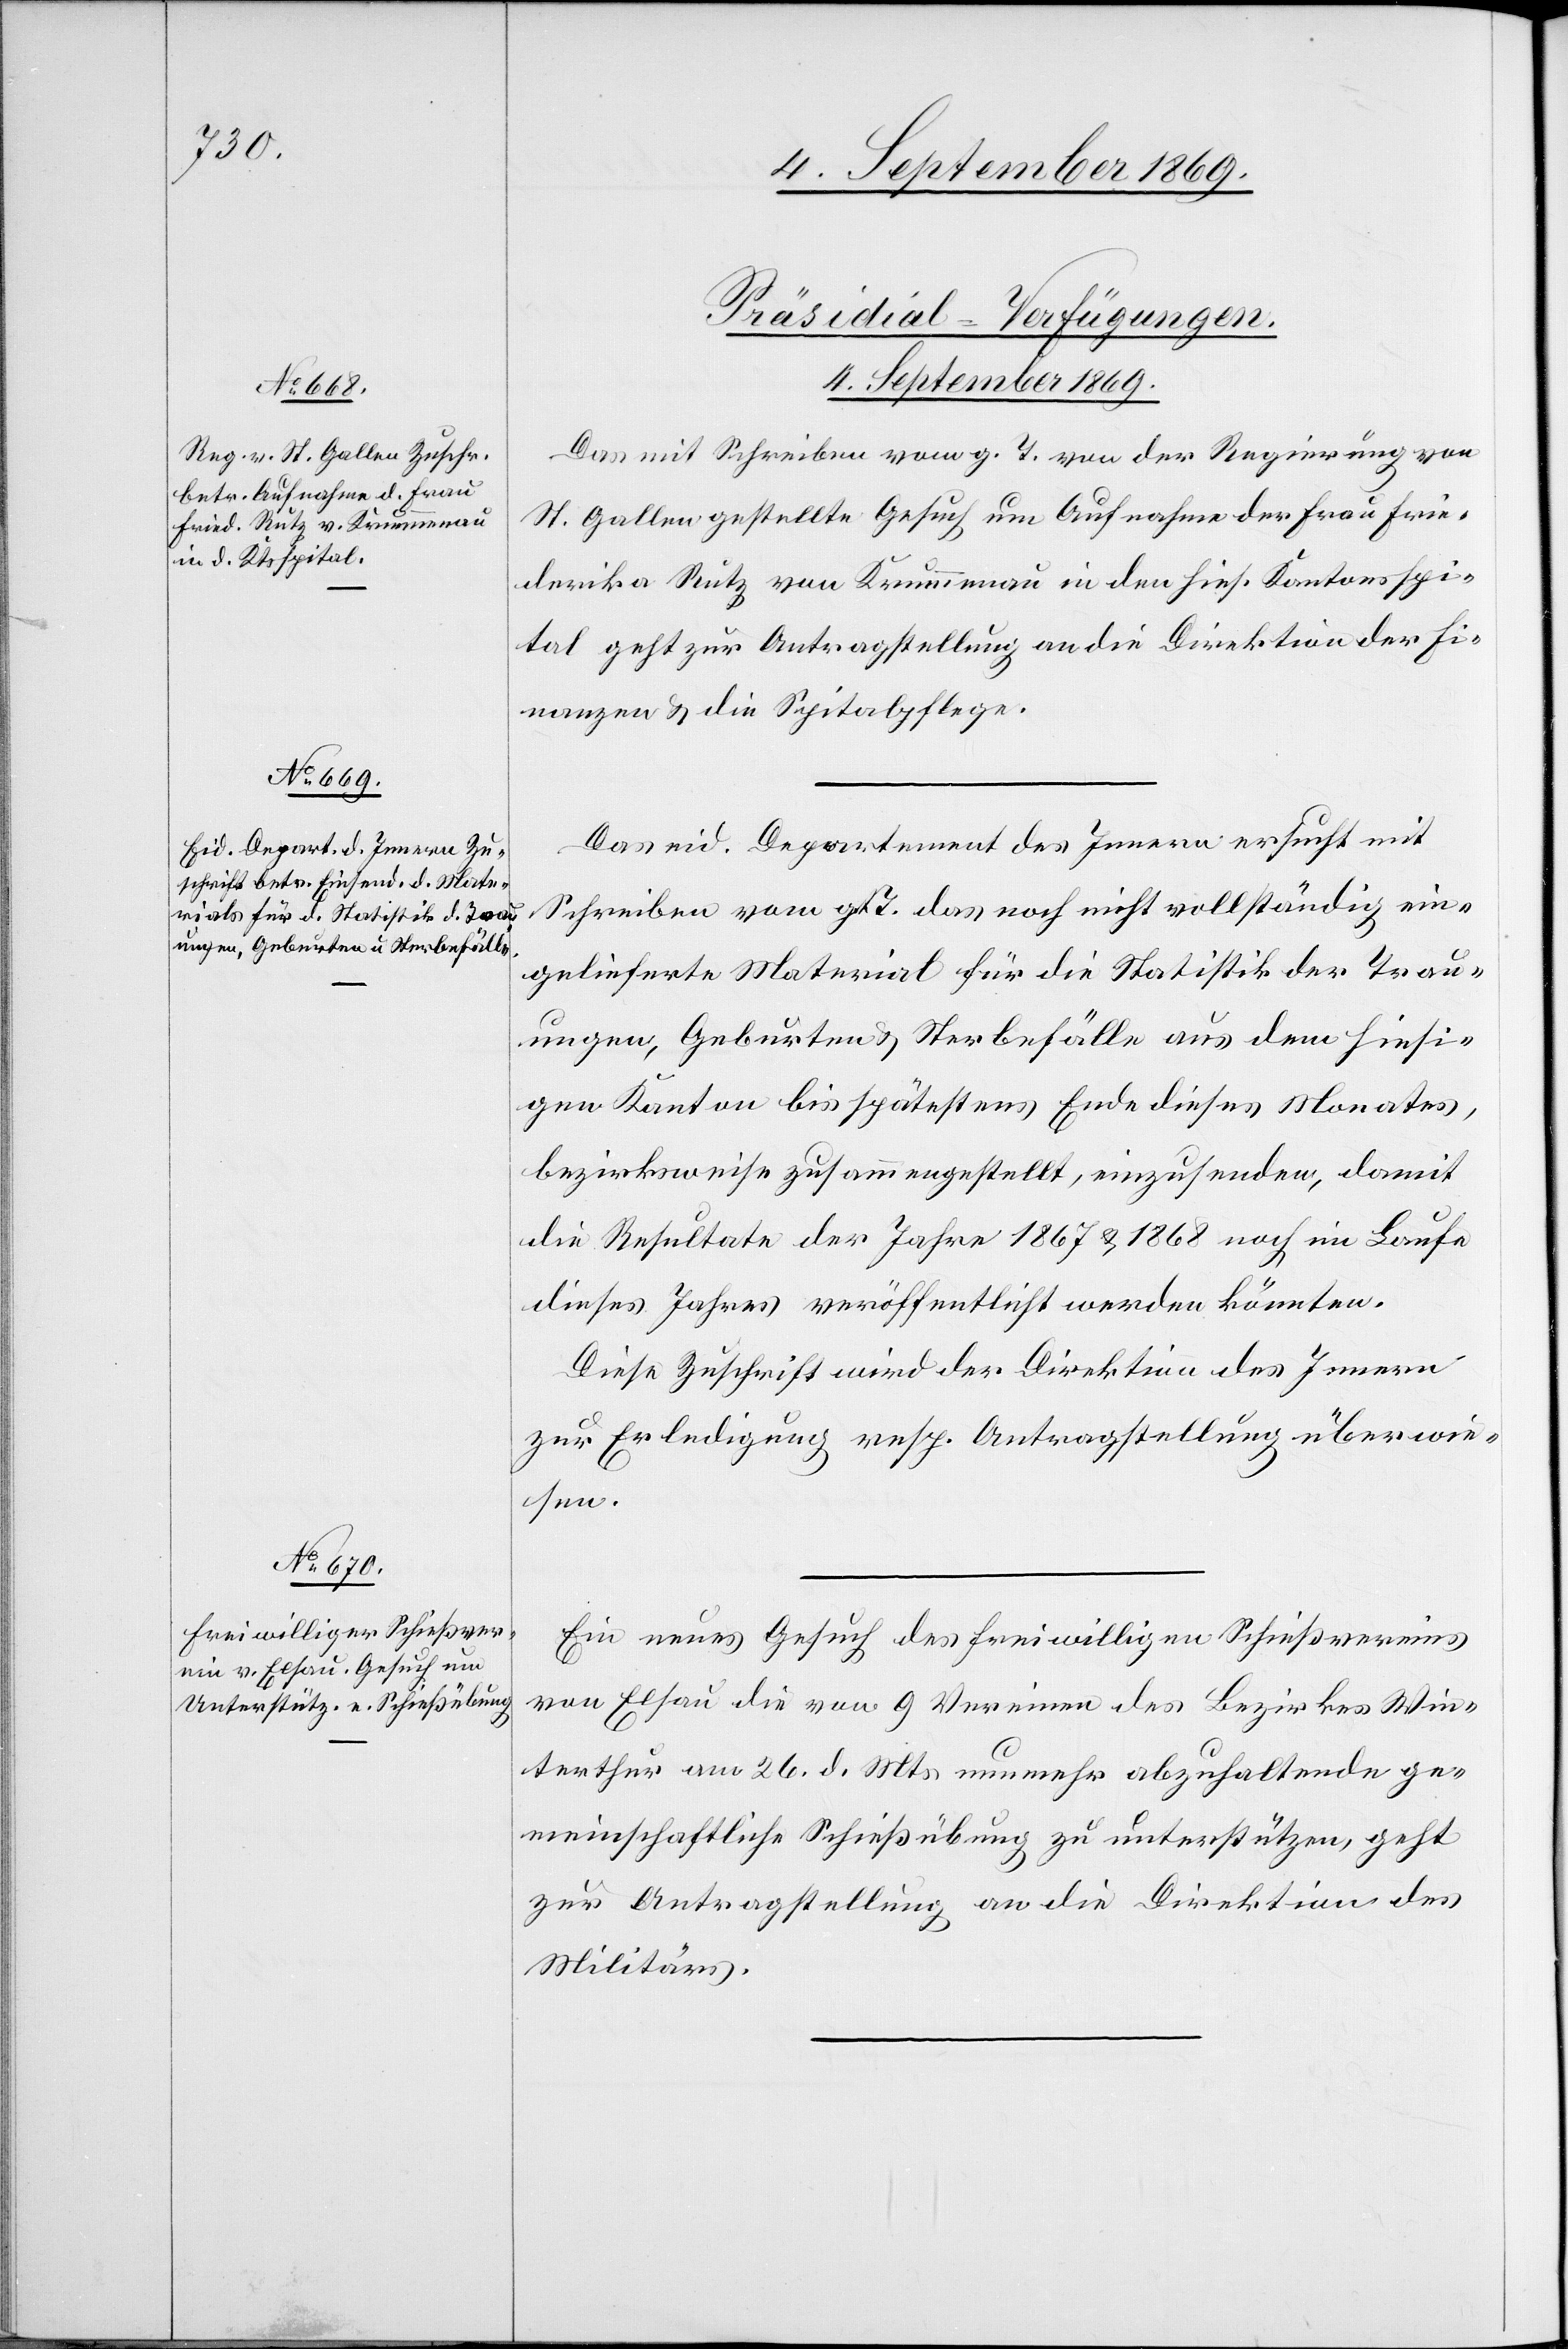
4. September 1869.]
[Präsidial-Verfügungen.
Das mit Schreiben vom g. T. von der Regierung von
St. Gallen gestellte Gesuch um Aufnahme der Frau Frie¬
derika Rutz von Krummenau in den hies. Kantonsspi¬
tal geht zur Antragstellung an die Direktion der Fi¬
nanzen & die Spitalpflege.
Das eid. Departement des Innern ersucht mit
Schreiben vom g. T. das noch nicht vollständig ein¬
gelieferte Material für die Statistik der Trau¬
ungen, Geburten & Sterbefälle aus dem hiesi¬
gen Kanton bis spätestens Ende dieses Monates,
bezirksweise zusammengestellt, einzusenden, damit
die Resultate der Jahre 1867 & 1868 noch im Laufe
dieses Jahres veröffentlicht werden könnten.
Diese Zuschrift wird der Direktion des Innern
zur Erledigung resp. Antragstellung überwe¬
isen.
Ein neues Gesuch des freiwilligen Schießvereins
von Elsau die von 9 Vereinen des Bezirkes Win¬
terthur am 26. d. Mts. nunmehr abzuhaltende ge¬
meinschaftliche Schießübung zu unterstützen, geht
zur Antragstellung an die Direktion des
Militärs.